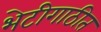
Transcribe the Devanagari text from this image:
भेटीगाठीत